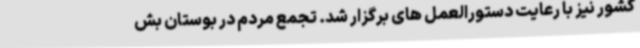
کشور نیز با رعایت دستورالعمل های برگزار شد. تجمع مردم در بوستان بش